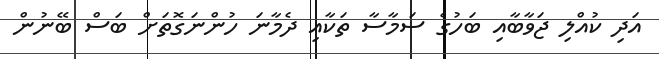
އަދި ކުއްލި ޖަވާބާއި ބަހުގެ ސަމާސާ ތަކާއި ދެމާނަ ހުންނަގޮތަށް ބަސް ބޭނުން